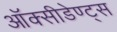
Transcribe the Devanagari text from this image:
ऑक्सीडेण्ट्स